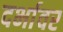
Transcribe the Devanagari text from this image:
दर्भावर